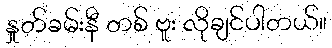
နှုတ်ခမ်းနီ တစ် ဗူး လိုချင်ပါတယ်။